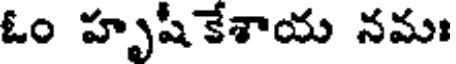
ఓం హృషీకేశాయ నమః